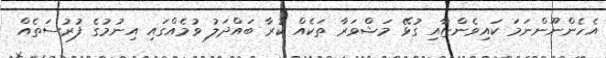
އެހެންނޫންނަމަ ކައިވެންޏާއި ގުޅޭ މަޝްވަރާ ތަކެއް ކުރާ ބައްދަލު ވުމެއްގައި އިނުމުގެ ފުރުސަތެއް